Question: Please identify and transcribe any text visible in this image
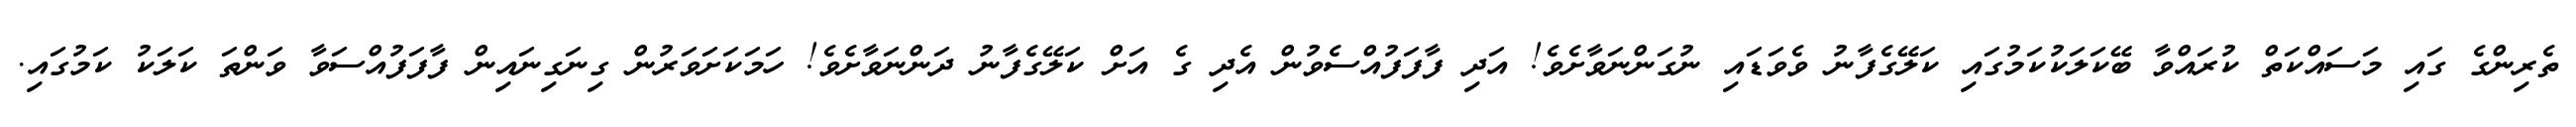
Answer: ތެރިންގެ ގައި މަސައްކަތް ކުރައްވާ ބޭކަލަކުކަމުގައި ކަލޭގެފާނު ވެވަޑައި ނުގަންނަވާށެވެ! އަދި ފާފަފުއްސެވުން އެދި ގެ އަށް ކަލޭގެފާނު ދަންނަވާށެވެ! ހަމަކަށަވަރުން ގިނަގިނައިން ފާފަފުއްސަވާ ވަންތަ ކަލަކު ކަމުގައި.